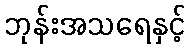
ဘုန်းအသရေနှင့်